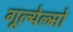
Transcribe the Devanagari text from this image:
गूल्येल्मो